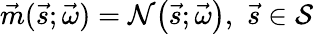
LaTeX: \vec{m}(\vec{s};\vec{\omega})=\mathcal{N}\big(\vec{s};\vec{\omega}\big),\, \, \vec{s}\in\mathcal{S}